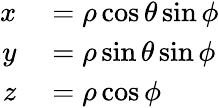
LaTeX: \begin{array}{rl}{x}&{{}=\rho\cos\theta\sin\phi}\\ {y}&{{}=\rho\sin\theta\sin\phi}\\ {z}&{{}=\rho\cos\phi}\end{array}